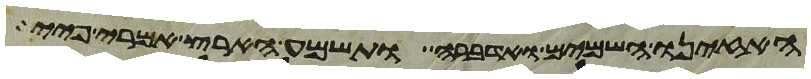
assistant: האזינו השמים ואדברה ותשמע הארץ אמרי פיי